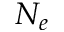
N _ { e }